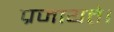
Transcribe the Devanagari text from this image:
प्रजायते।